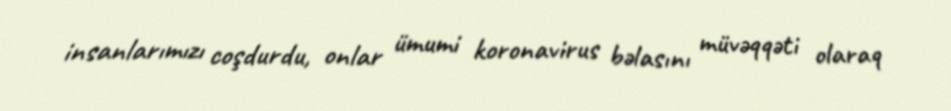
insanlarımızı coşdurdu, onlar ümumi koronavirus bəlasını müvəqqəti olaraq